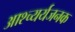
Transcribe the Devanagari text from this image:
आश्च्यर्यजनक